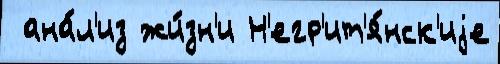
 ана́л'из жи́зн'и Н'егр'ит'я́нск'иjе